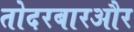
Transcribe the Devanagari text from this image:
तोदरबारऔर